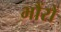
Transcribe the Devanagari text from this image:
भौंरों